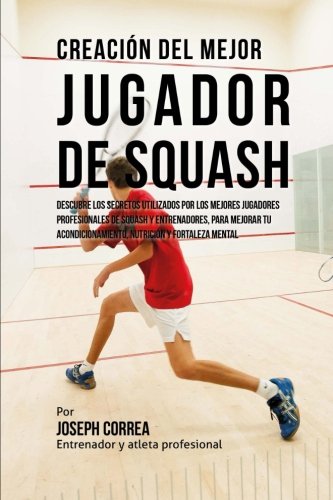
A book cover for Creacion del Mejor Jugador de Squash: Descubre los secretos utilizados por los mejores jugadores profesionales de squash y entrenadores, para mejorar ... y fortaleza Mental (Spanish Edition); Joseph Correa (Entrenador y Atleta Profesional); Sports & Outdoors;